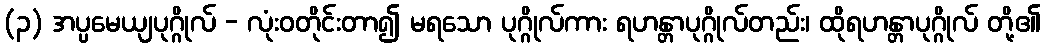
(၃) အပ္ပမေယျပုဂ္ဂိုလ် - လုံးဝတိုင်းတာ၍ မရသော ပုဂ္ဂိုလ်ကား ရဟန္တာပုဂ္ဂိုလ်တည်း၊ ထိုရဟန္တာပုဂ္ဂိုလ် တို့၏